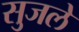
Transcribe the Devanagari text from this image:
सुजले